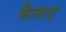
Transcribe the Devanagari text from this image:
फैलाएं